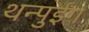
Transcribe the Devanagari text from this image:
थन्पुईंग